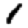
Digit: 1